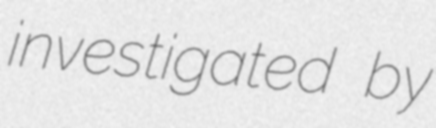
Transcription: investigated by